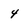
Character: 4